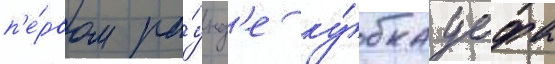
п'е́рвом ра́унд'е ку́бка уефа